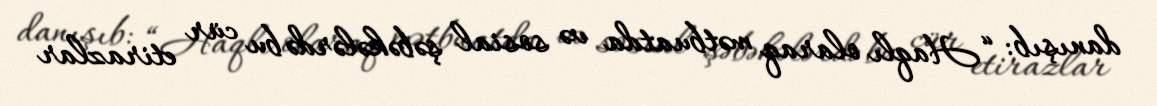
danışıb: “Haqlı olaraq mətbuatda və sosial şəbəkələrdə bu cür etirazlar